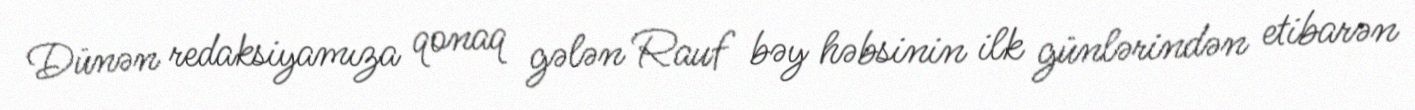
Dünən redaksiyamıza qonaq gələn Rauf bəy həbsinin ilk günlərindən etibarən